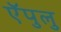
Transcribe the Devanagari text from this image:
ऍपुलु